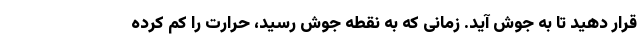
قرار دهید تا به جوش آید. زمانی که به نقطه جوش رسید، حرارت را کم کرده